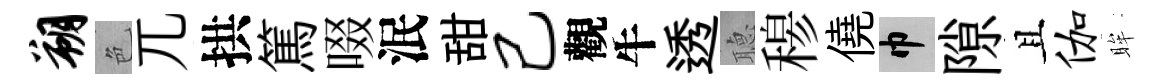
朔色兀拱篤啜泯甜己觀牛透𦗟𥠇僥巾隙且伽眸